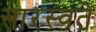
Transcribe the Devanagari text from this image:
सारस्वते